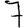
Digit: 7